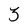
Character: 3